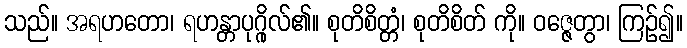
သည်။ အရဟတော၊ ရဟန္တာပုဂ္ဂိုလ်၏။ စုတိစိတ္တံ၊ စုတိစိတ် ကို။ ဝဇ္ဇေတွာ၊ ကြဉ်၍။